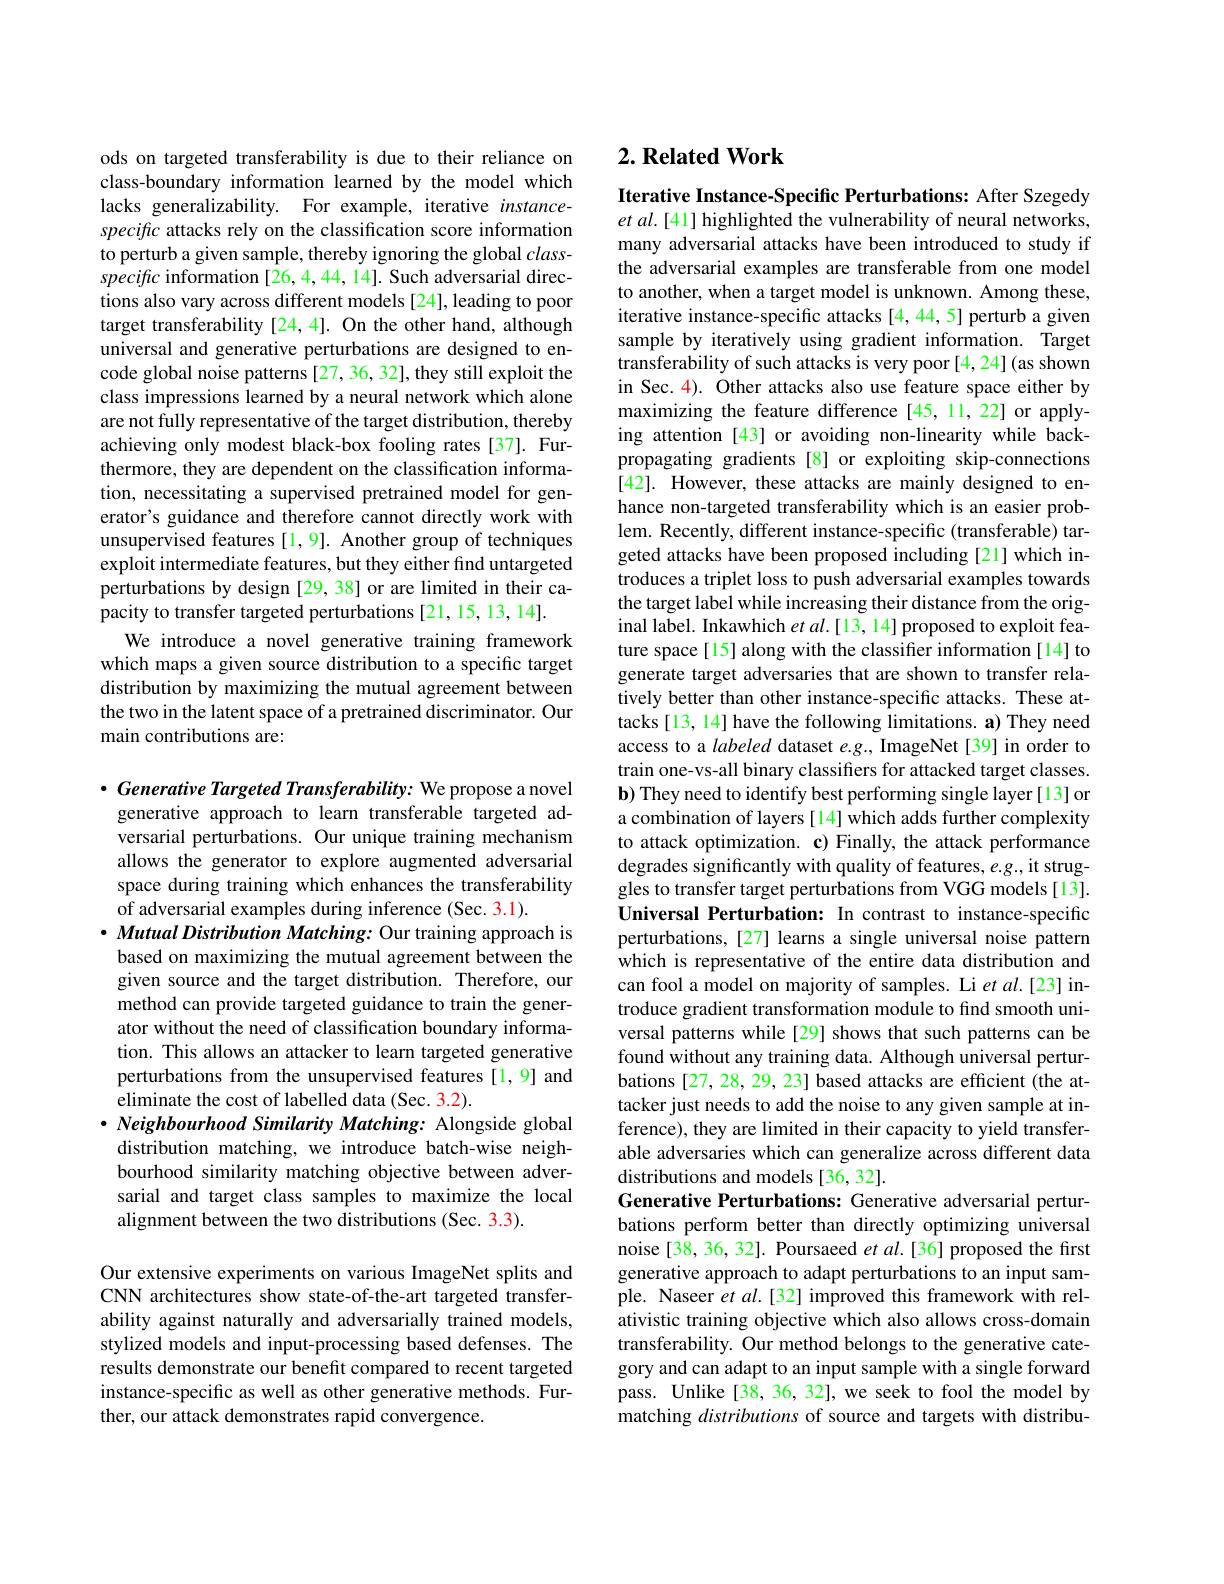
ods on targeted transferability is due to their reliance on class-boundary information learned by the model which lacks generalizability. For example, iterative instancespecific attacks rely on the classification score information to perturb a given sample, thereby ignoring the global $class-$ specific information [26,4,44,14]. Such adversarial directions also vary across different models [24], leading to poor target transferability [24,4]. On the other hand, although universal and generative perturbations are designed to encode global noise patterns [27, 36, 32], they still exploit the class impressions learned by a neural network which alone are not fully representative of the target distribution, thereby achieving only modest black-box fooling rates [37]. Furthermore, they are dependent on the classification information, necessitating a supervised pretrained model for generator's guidance and therefore cannot directly work with unsupervised features [1,9]. Another group of techniques exploit intermediate features, but they either find untargeted perturbations by design [29,38] or are limited in their capacity to transfer targeted perturbations [21,15,13,14].
We introduce a novel generative training framework which maps a given source distribution to a specific target distribution by maximizing the mutual agreement between the two in the latent space of a pretrained discriminator. Our main contributions are:

$\cdot \textit{Generative Targeted Transferability: We propose a novel}$
generative approach to learn transferable targeted adversarial perturbations. Our unique training mechanism allows the generator to explore augmented adversarial space during training which enhances the transferability of adversarial examples during inference (Sec. 3.1).
$\cdot Mutual\textit{Distribution Matching: Our training approach is}$ based on maximizing the mutual agreement between the given source and the target distribution. Therefore, our method can provide targeted guidance to train the generator without the need of classification boundary information. This allows an attacker to learn targeted generative perturbations from the unsupervised features [1,9] and eliminate the cost of labelled data (Sec. 3.2).
$\cdot \textit{Neighbourhood Similarity Matching: Alongside global}$
distribution matching, we introduce batch-wise neighbourhood similarity matching objective between adversarial and target class samples to maximize the local alignment between the two distributions (Sec. 3.3).

Our extensive experiments on various ImageNet splits and CNN architectures show state-of-the-art targeted transferability against naturally and adversarially trained models, stylized models and input-processing based defenses. The results demonstrate our benefit compared to recent targeted instance-specific as well as other generative methods. Further, our attack demonstrates rapid convergence.

### $2. \textbf{Related Work}$

Iterative Instance-Specific Perturbations: After Szegedy $etal.[41]$ highlighted the vulnerability of neural networks, many adversarial attacks have been introduced to study if the adversarial examples are transferable from one model to another, when a target model is unknown. Among these, iterative instance-specific attacks [4,44,5] perturb a given sample by iteratively using gradient information. Target transferability of such attacks is very poor [4,24] (as shown in Sec. 4). Other attacks also use feature space either by maximizing the feature difference [45,11,22] or applying attention [43] or avoiding non-linearity while backpropagating gradients [8] or exploiting skip-connections [42]. However, these attacks are mainly designed to enhance non-targeted transferability which is an easier problem. Recently, different instance-specific (transferable) targeted attacks have been proposed including [21] which introduces a triplet loss to push adversarial examples towards the target label while increasing their distance from the original label. Inkawhich $etal.[13,14]$ proposed to exploit feature space[15] along with the classifier information [14] to generate target adversaries that are shown to transfer relatively better than other instance-specific attacks. These attacks [13, 14] have the following limitations. a) They need access to a labeled dataset e.g., ImageNet [39] in order to train one-vs-all binary classifiers for attacked target classes. b) They need to identify best performing single layer[13] or a combination of layers [14] which adds further complexity to attack optimization. c) Finally, the attack performance degrades significantly with quality of features, e.g., it struggles to transfer target perturbations from VGG models [13]. Universal Perturbation: In contrast to instance-specific perturbations, [27] learns a single universal noise pattern which is representative of the entire data distribution and can fool a model on majority of samples. Li et al.[23] introduce gradient transformation module to find smooth universal patterns while[29] shows that such patterns can be found without any training data. Although universal perturbations [27, 28, 29, 23] based attacks are efficient (the attacker just needs to add the noise to any given sample at inference), they are limited in their capacity to yield transferable adversaries which can generalize across different data distributions and models [36, 32].
Generative Perturbations: Generative adversarial perturbations perform better than directly optimizing universal noise [38, 36, 32]. Poursaeed et al.[36] proposed the first generative approach to adapt perturbations to an input sample. Naseer $etal.[32]$ improved this framework with relativistic training objective which also allows cross-domain transferability. Our method belongs to the generative category and can adapt to an input sample with a single forward pass. Unlike[38, 36, 32], we seek to fool the model by matching distributions of source and targets with distribu-